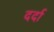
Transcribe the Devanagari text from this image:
दर्दा